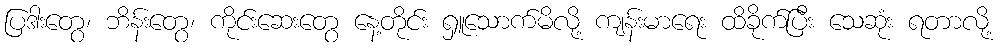
ပြဒါးတွေ၊ ဘိန်းတွေ၊ ကိုင်းဆေးတွေ နေ့တိုင်း ရှူသောက်မိလို့ ကျန်းမာရေး ထိခိုက်ပြီး သေဆုံး ရတာလို့